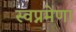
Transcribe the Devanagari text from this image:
स्वप्नमेणा